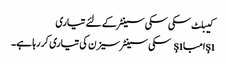
کیبلٹ سکی سکی سینٹر کے لئے تیاری
şıامباşı سکی سینٹر سیزن کی تیاری کر رہا ہے۔